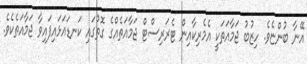
އޭނާ ބުންޏެވެ. ހިޒުބު ޖަމާއަތަކީ އެމެރިކާއިން ޓެރަަރިސްޓް ޖަމާއަތެއްގެ ގޮތުގައި ކަނޑައަޅައިފައިވާ ޖަމާއަތެކެވެ.